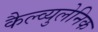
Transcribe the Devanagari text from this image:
कैल्व्युलेनिक